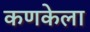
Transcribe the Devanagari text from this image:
कणकेला